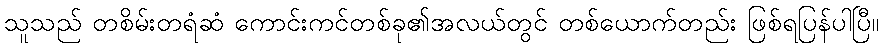
သူသည် တစိမ်းတရံဆံ ကောင်းကင်တစ်ခု၏အလယ်တွင် တစ်ယောက်တည်း ဖြစ်ရပြန်ပါပြီ။